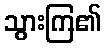
သွားကြ၏